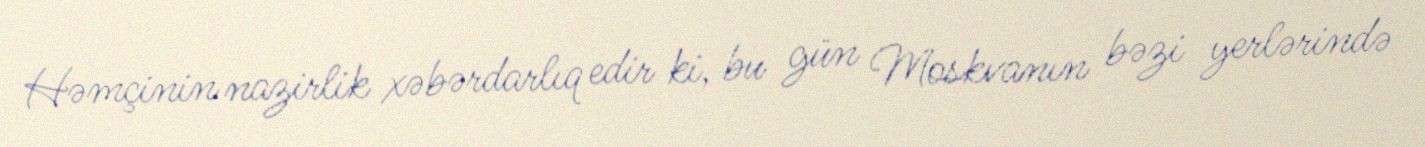
Həmçinin nazirlik xəbərdarlıq edir ki, bu gün Moskvanın bəzi yerlərində